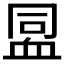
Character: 𧖳